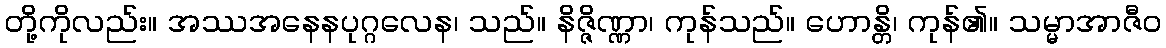
တို့ကိုလည်း။ အဿအနေနပုဂ္ဂလေန၊ သည်။ နိဇ္ဇိဏ္ဏာ၊ ကုန်သည်။ ဟောန္တိ၊ ကုန်၏။ သမ္မာအာဇီဝ